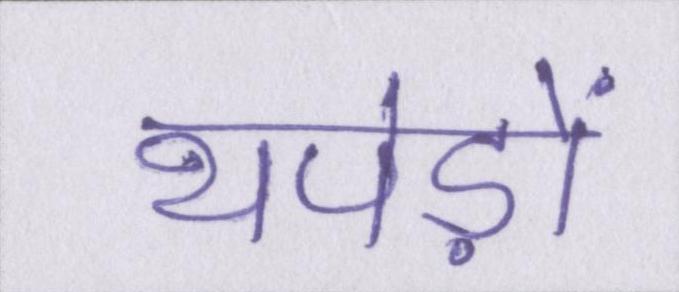
थपेड़ों